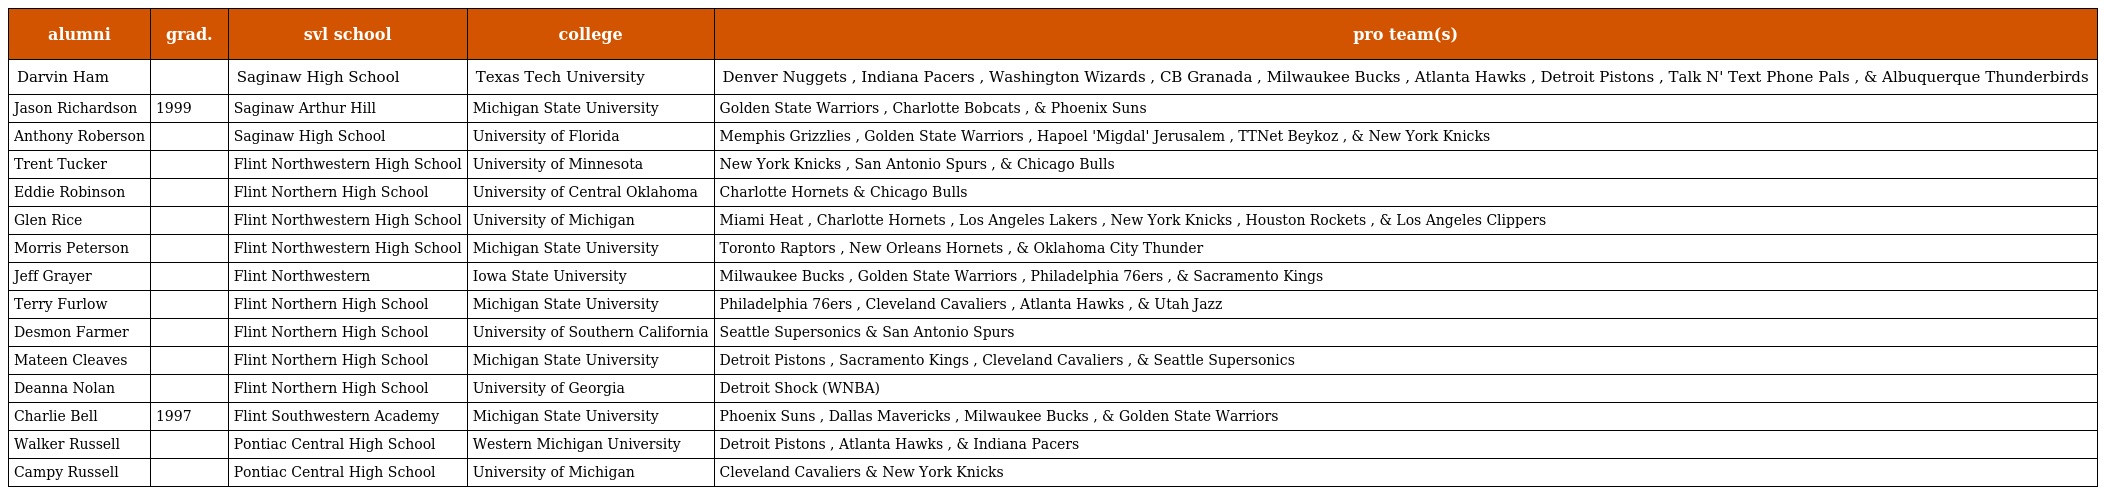
| alumni | grad. | svl school | college | pro team(s) |
 | --- | --- | --- | --- | --- |
 | Darvin Ham |  | Saginaw High School | Texas Tech University | Denver Nuggets , Indiana Pacers , Washington Wizards , CB Granada , Milwaukee Bucks , Atlanta Hawks , Detroit Pistons , Talk N' Text Phone Pals , & Albuquerque Thunderbirds |
 | Jason Richardson | 1999 | Saginaw Arthur Hill | Michigan State University | Golden State Warriors , Charlotte Bobcats , & Phoenix Suns |
 | Anthony Roberson |  | Saginaw High School | University of Florida | Memphis Grizzlies , Golden State Warriors , Hapoel 'Migdal' Jerusalem , TTNet Beykoz , & New York Knicks |
 | Trent Tucker |  | Flint Northwestern High School | University of Minnesota | New York Knicks , San Antonio Spurs , & Chicago Bulls |
 | Eddie Robinson |  | Flint Northern High School | University of Central Oklahoma | Charlotte Hornets & Chicago Bulls |
 | Glen Rice |  | Flint Northwestern High School | University of Michigan | Miami Heat , Charlotte Hornets , Los Angeles Lakers , New York Knicks , Houston Rockets , & Los Angeles Clippers |
 | Morris Peterson |  | Flint Northwestern High School | Michigan State University | Toronto Raptors , New Orleans Hornets , & Oklahoma City Thunder |
 | Jeff Grayer |  | Flint Northwestern | Iowa State University | Milwaukee Bucks , Golden State Warriors , Philadelphia 76ers , & Sacramento Kings |
 | Terry Furlow |  | Flint Northern High School | Michigan State University | Philadelphia 76ers , Cleveland Cavaliers , Atlanta Hawks , & Utah Jazz |
 | Desmon Farmer |  | Flint Northern High School | University of Southern California | Seattle Supersonics & San Antonio Spurs |
 | Mateen Cleaves |  | Flint Northern High School | Michigan State University | Detroit Pistons , Sacramento Kings , Cleveland Cavaliers , & Seattle Supersonics |
 | Deanna Nolan |  | Flint Northern High School | University of Georgia | Detroit Shock (WNBA) |
 | Charlie Bell | 1997 | Flint Southwestern Academy | Michigan State University | Phoenix Suns , Dallas Mavericks , Milwaukee Bucks , & Golden State Warriors |
 | Walker Russell |  | Pontiac Central High School | Western Michigan University | Detroit Pistons , Atlanta Hawks , & Indiana Pacers |
 | Campy Russell |  | Pontiac Central High School | University of Michigan | Cleveland Cavaliers & New York Knicks |